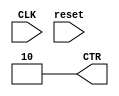
module ctr3_cond    ( input             CLK,
                      input             reset,
                      output reg [1:0]  CTR
                      );

always @ (~reset) begin
  CTR <= 2'b10;
end

always @ (posedge CLK) begin
  if (reset) begin
    CTR <= CTR + 1;
  end else begin
    CTR <= 2'b11;
  end
end

endmodule